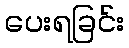
ပေးရခြင်း